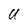
Character: U